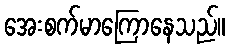
အေးစက်မာကြောနေသည်။